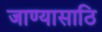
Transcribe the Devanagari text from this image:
जाण्यासाठि